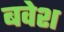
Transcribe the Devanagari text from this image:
बवेश